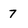
Character: 7